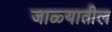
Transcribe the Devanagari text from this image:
जाळ्यातील